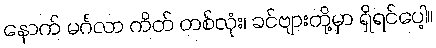
နောက် မင်္ဂလာ ကိတ် တစ်လုံး၊ ခင်ဗျားတို့မှာ ရှိရင်ပေါ့။